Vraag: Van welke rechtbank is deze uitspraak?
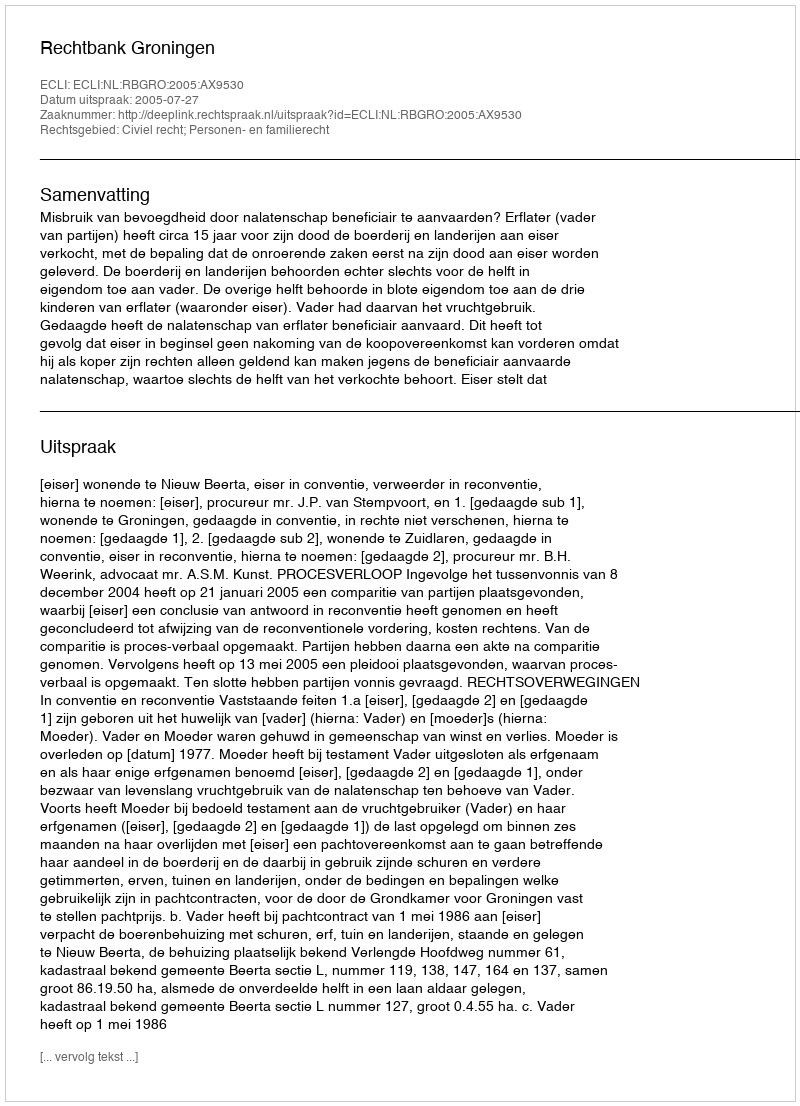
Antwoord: Rechtbank Groningen